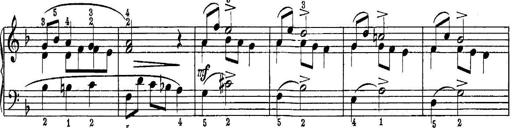
Title: Quatres sonatines
Composer: Tadeusz Joteyko